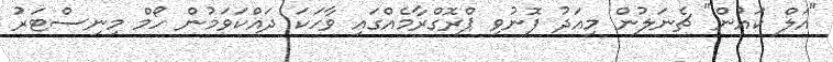
"އަލް ކައުން" ޗެނަލުން މިއަދު ފޮނުވި ޕްރޮގްރާމެއްގައި ވާހަކަ ދައްކަވަމުން ހޯމް މިނިސްޓަރު